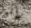
رائع